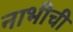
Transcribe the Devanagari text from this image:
नाभीची